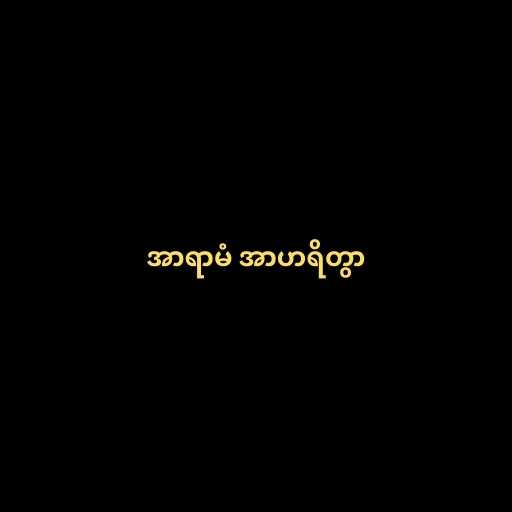
အာရာမံ အာဟရိတွာ